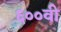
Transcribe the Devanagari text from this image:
६००वी